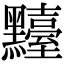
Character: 𪒴